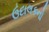
ઉદાલકનો